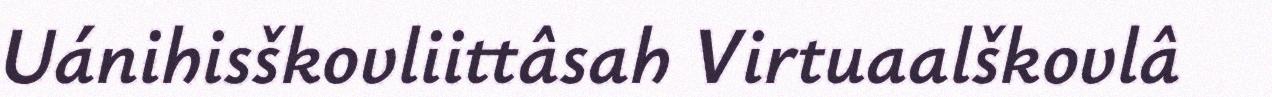
Uánihisškovliittâsah Virtuaalškovlâ